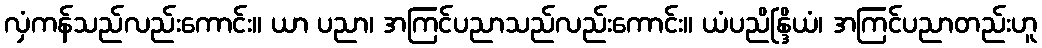
လှံကန်သည်လည်းကောင်း။ ယာ ပညာ၊ အကြင်ပညာသည်လည်းကောင်း။ ယံပညိန္ဒြိယံ၊ အကြင်ပညာတည်းဟူ